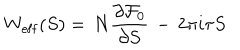
W _ { \mathrm { e f f } } ( S ) = \, N \frac { \partial { \cal F } _ { 0 } } { \partial S } \, - \, 2 \pi i \tau S